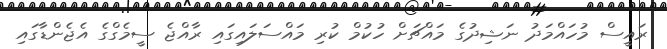
ރައީސް މުހައްމަދު ނަޝިދުގެ މައްޗަށް ހުކުމް ކުރި މައްސަލައިގައި ރާއްޖެ ސީމެގްގެ އެޖެންޑާގައި